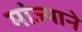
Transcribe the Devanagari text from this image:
मांज्याने